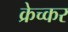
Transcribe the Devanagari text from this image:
क्रेच्कर